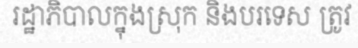
រដ្ឋាភិបាលក្នុងស្រុក និងបរទេស ត្រូវ